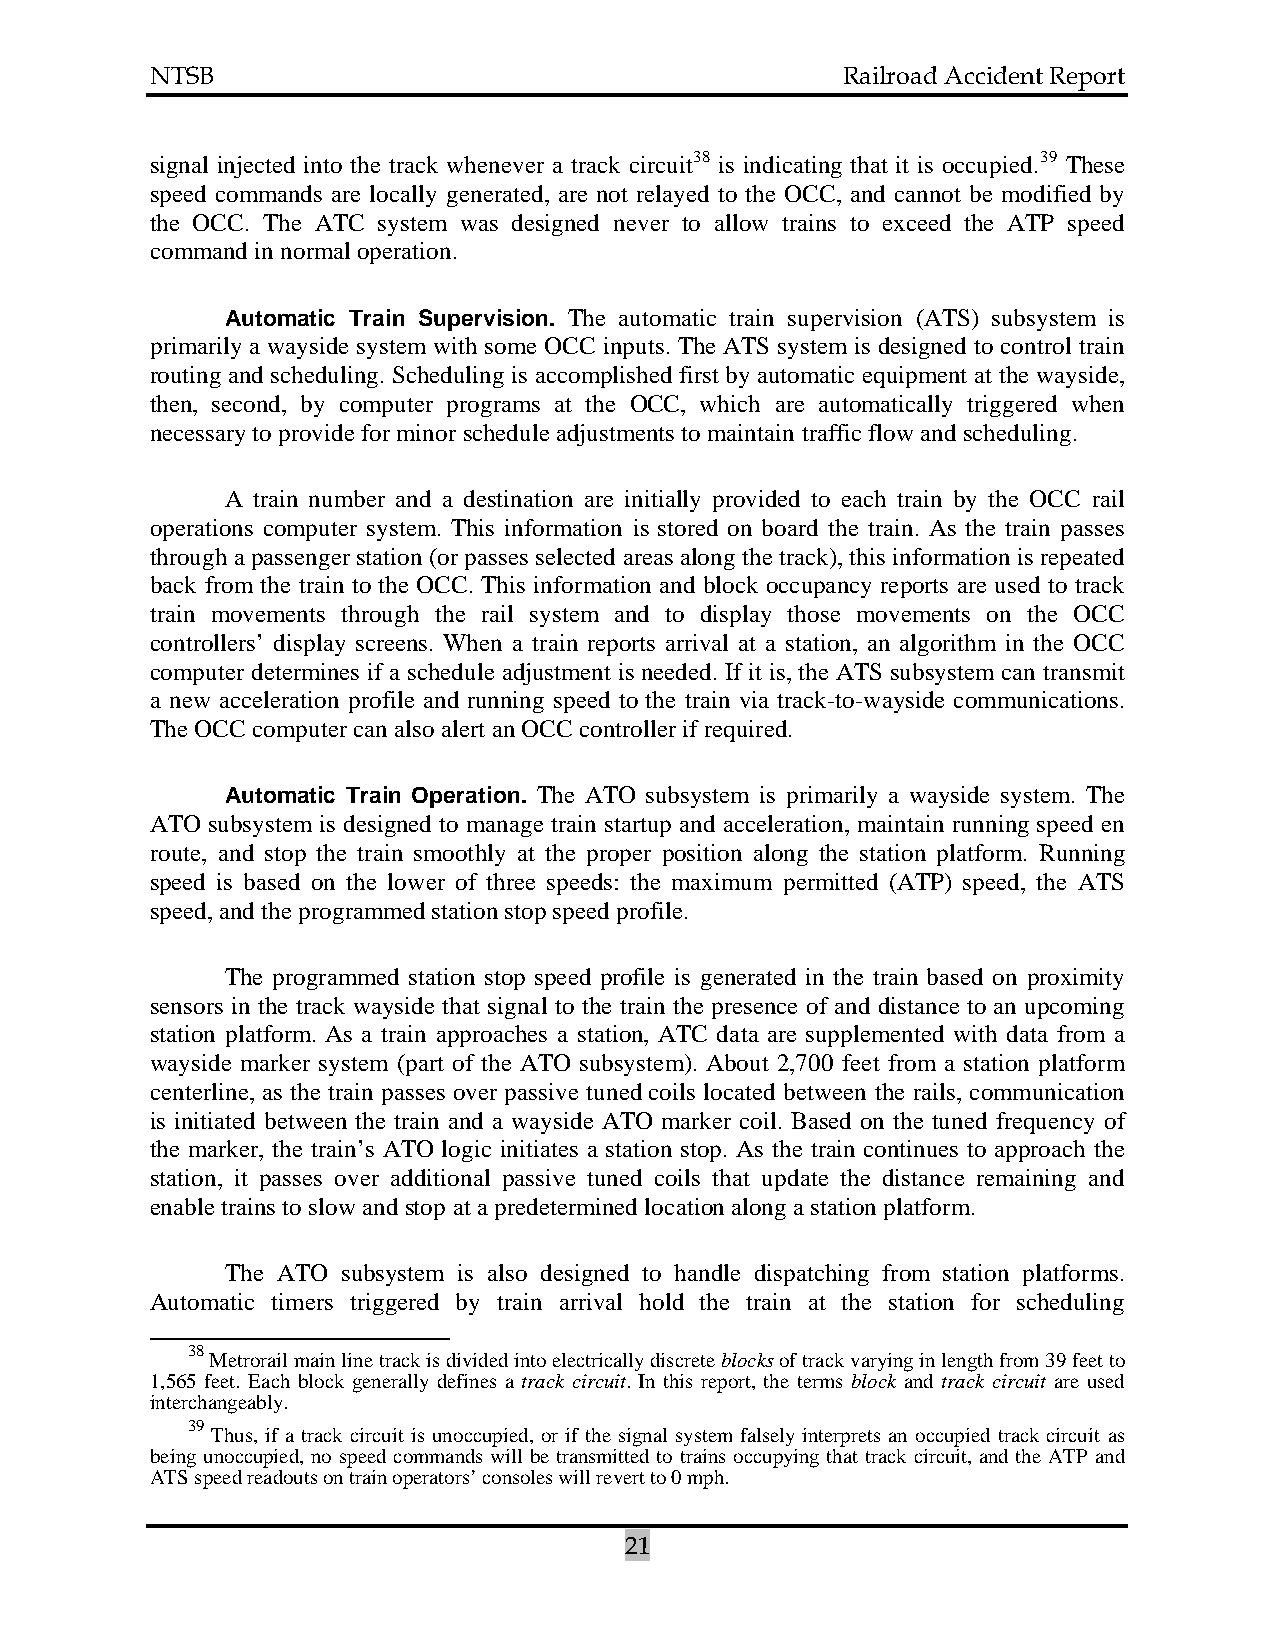
NTSB                                          Railroad Accident Report
 signal injected into the track whenever a track circuit38 is indicating that it is occupied.39 These
 speed commands are locally generated, are not relayed to the OCC, and cannot be modified by
 the OCC. The ATC system was designed never to allow trains to exceed the ATP speed
 command in normal operation.
 Automatic Train Supervision. The automatic train supervision (ATS) subsystem is
 primarily a wayside system with some OCC inputs. The ATS system is designed to control train
 routing and scheduling. Scheduling is accomplished first by automatic equipment at the wayside,
 then, second, by computer programs at the OCC, which are automatically triggered when
 necessary to provide for minor schedule adjustments to maintain traffic flow and scheduling.
 A train number and a destination are initially provided to each train by the OCC rail
 operations computer system. This information is stored on board the train. As the train passes
 through a passenger station (or passes selected areas along the track), this information is repeated
 back from the train to the OCC. This information and block occupancy reports are used to track
 train movements through the rail system and to display those movements on the OCC
 controllers’ display screens. When a train reports arrival at a station, an algorithm in the OCC
 computer determines if a schedule adjustment is needed. If it is, the ATS subsystem can transmit
 a new acceleration profile and running speed to the train via track-to-wayside communications.
 The OCC computer can also alert an OCC controller if required.
 Automatic Train Operation. The ATO subsystem is primarily a wayside system. The
 ATO subsystem is designed to manage train startup and acceleration, maintain running speed en
 route, and stop the train smoothly at the proper position along the station platform. Running
 speed is based on the lower of three speeds: the maximum permitted (ATP) speed, the ATS
 speed, and the programmed station stop speed profile.
 The programmed station stop speed profile is generated in the train based on proximity
 sensors in the track wayside that signal to the train the presence of and distance to an upcoming
 station platform. As a train approaches a station, ATC data are supplemented with data from a
 wayside marker system (part of the ATO subsystem). About 2,700 feet from a station platform
 centerline, as the train passes over passive tuned coils located between the rails, communication
 is initiated between the train and a wayside ATO marker coil. Based on the tuned frequency of
 the marker, the train’s ATO logic initiates a station stop. As the train continues to approach the
 station, it passes over additional passive tuned coils that update the distance remaining and
 enable trains to slow and stop at a predetermined location along a station platform.
 The ATO subsystem is also designed to handle dispatching from station platforms.
 Automatic timers triggered by train arrival hold the train at the station for scheduling
 38
 Metrorail main line track is divided into electrically discrete blocks of track varying in length from 39 feet to
 1,565 feet. Each block generally defines a track circuit. In this report, the terms block and track circuit are used
 interchangeably.
 39
 Thus, if a track circuit is unoccupied, or if the signal system falsely interprets an occupied track circuit as
 being unoccupied, no speed commands will be transmitted to trains occupying that track circuit, and the ATP and
 ATS speed readouts on train operators’ consoles will revert to 0 mph.
 21